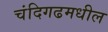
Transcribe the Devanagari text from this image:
चंदिगढमधील